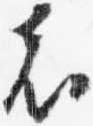
者